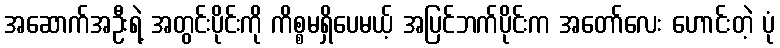
အဆောက်အဦးရဲ့ အတွင်းပိုင်းကို ကိစ္စမရှိပေမယ့် အပြင်ဘက်ပိုင်းက အတော်လေး ဟောင်းတဲ့ ပုံ